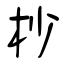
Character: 杪